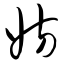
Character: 妨